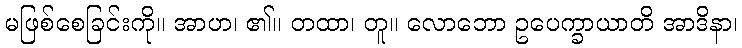
မဖြစ်စေခြင်းကို။ အာဟ၊ ၏။ တထာ၊ တူ။ လောဘော ဥပေက္ခာယာတိ အာဒိနာ၊